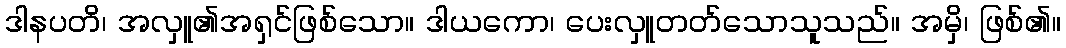
ဒါနပတိ၊ အလှူ၏အရှင်ဖြစ်သော။ ဒါယကော၊ ပေးလှူတတ်သောသူသည်။ အမှိ၊ ဖြစ်၏။